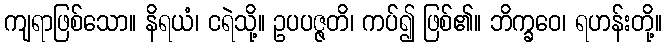
ကျရာဖြစ်သော။ နိရယံ၊ ငရဲသို့။ ဥပပဇ္ဇတိ၊ ကပ်၍ ဖြစ်၏။ ဘိက္ခဝေ၊ ရဟန်းတို့။